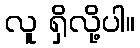
လူ ရှိလို့ပါ။